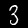
Label: 3